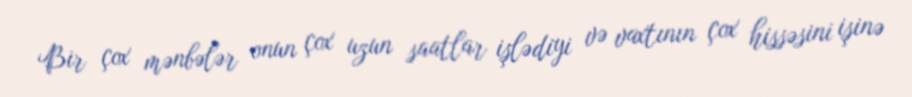
Bir çox mənbələr onun çox uzun saatlar işlədiyi və vaxtının çox hissəsini işinə